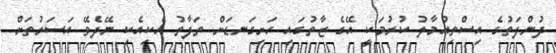
ދުންފަތުގެ އިސްތިއުމާލު ކުރުމަކީ އޭގެ ޒާތުގައި ހަށިގަނޑަށް ތަފާތު އެކިއެކި ނޭދެވޭ އަސަރުތަށް